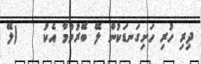
ދިރި ހުރި ހަށިގަނޑަކުން ލޭ ބޭރުވުމާ އެކު    (ލޭ